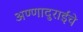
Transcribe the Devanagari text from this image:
अण्णादुराईंचे